Report of the King Institute of Preventive Medicine, Guindy
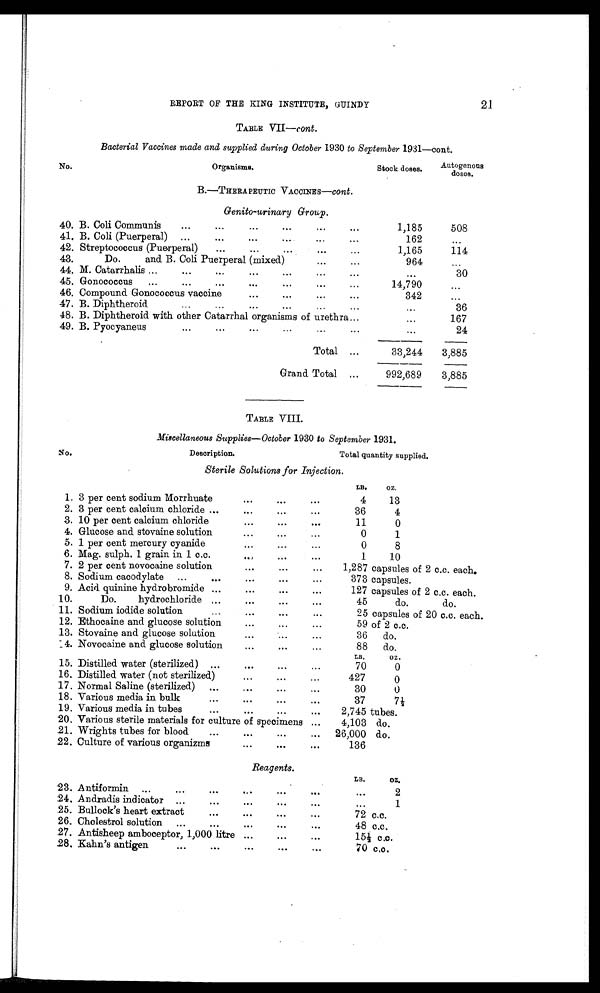
REPORT OF THE KING INSTITUTE, GUINDY
21
TABLE VII-cont.
Bacterial Vaccines made and supplied during October 1930 to September 1931-cont.
No.
Organisms.
Stock doses.
Autogenous
doses.
40. B. Coli Communis
1,185
508
41.
B. Coli (Puerperal)
162
42.
Streptococcus (Puerperal)
1,165
114
43.
Do. and B. Coli Puerperal (mixed)
964
44.
M. Catarrhalis
30
45.
Gonococcus
14,790
46.
Compound Gonococcus vaccine
342
47.
B. Diphtheroid
36
48.
B. Diphtheroid with other Catarrhal organisms of urethra
167
49.
B. Pyocyaneus
24
Total
33,244
3,885
Grand Total
992,689
3,885
TABLE VIII.
Miscellaneous Supplies- October 1930 to September 1931.
No.
Description.
LB.
OZ.
1 . 3 per cent sodium Morrhuate
4
13
2 . 3 per cent calcium chloride
36
4
3. 10 per cent calcium chloride
11
0
4. Glucose and stovaine solution
0
1
5. 1 per cent mercury cyanide
0
8
6 . Mag. sulph. 1 grain in 1 c.c.
1
10
7 . 2 per cent novocaine solution
8 . Sodium cacodylate
9 . Acid quinine hydrobromide
1 0 .
Do. hydrochloride
1 1 . Sodium iodide solution
1 2 . Ethocaine and glucose solution
1 3 . Stovaine and glucose solution
14. Novocaine and glucose solution
LB.
O Z .
1 5 . Distilled water (sterilized)
70
0
1 6 . Distilled water (not sterilized)
427
0
1 7 . Normal Saline (sterilized)
30
0
1 8 . Various media in bulk
37
7 ½
1 9 . Various media in tubes
2 0 . Various sterile materials for culture of specimens
2 1 . Wrights tubes for blood
22. Culture of various organizms
LB.
OZ.
23. Antiformin
…
2
24. Andradis indicator
…
1
25. Bullock's heart extract
2 6 . Cholestrol solution
2 7 . Antisheep amboceptor, 1,000 litre
28. Kahn's antigen